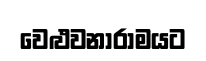
වෙළුවනාරාමයට